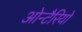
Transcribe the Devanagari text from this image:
ओन्टैरियो